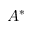
A ^ { * }